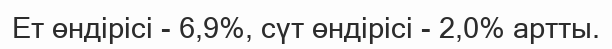
Ет өндірісі - 6,9%, сүт өндірісі - 2,0% артты.